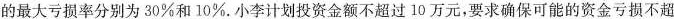
的最大亏损率分别为30%和10%。小李计划投资金额不超过10万元，要求确保可能的资金亏损不超